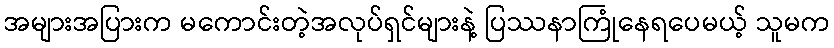
အများအပြားက မကောင်းတဲ့အလုပ်ရှင်များနဲ့ ပြဿနာကြုံနေရပေမယ့် သူမက